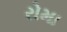
રોમા